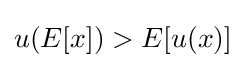
u(E[x])>E[u(x)]